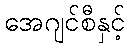
အေဂျင်စီနှင့်